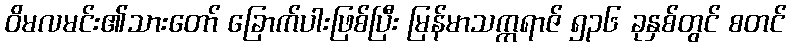
ဝိမလမင်း၏သားတော် ခြောက်ပါးဖြစ်ပြီး မြန်မာသက္ကရာဇ် ၅၃၆ ခုနှစ်တွင် စတင်